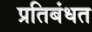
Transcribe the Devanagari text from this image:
प्रतिबंधत